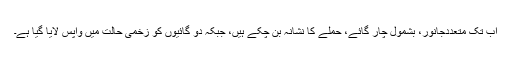
اب تک متعددجانور، بشمول چار گائے، حملے کا نشانہ بن چکے ہیں، جبکہ دو گائیوں کو زخمی حالت میں واپس لایا گیا ہے۔